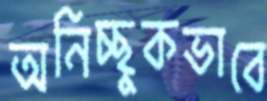
অনিচ্ছুকভাবে